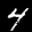
Digit: 4